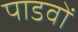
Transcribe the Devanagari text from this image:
पाडवों